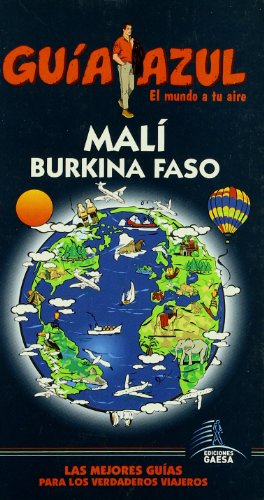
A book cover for Mali y Burkina Faso / Mali and Burkina Faso (Spanish Edition); Comercial Grupo Anaya; Travel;